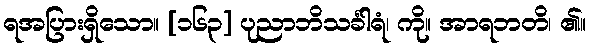
ရအပြားရှိသော။ [၁၆၃] ပုညာဘိသင်္ခါရံ၊ ကို။ အာရဘတိ၊ ၏။